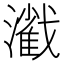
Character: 𤁢